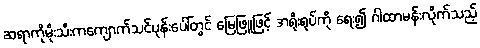
ဆရာကိုမိုးသီးကကျောက်သင်ပုန်းပေါ်တွင် မြေဖြူဖြင့် အရိုးရုပ်ကို ရေး၍ ဂါထာမန်းလိုက်သည့်